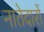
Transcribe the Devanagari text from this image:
नातेदारों